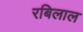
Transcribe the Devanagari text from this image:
रबिलाल